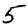
Digit: 5